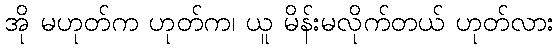
အို မဟုတ်က ဟုတ်က၊ ယူ မိန်းမလိုက်တယ် ဟုတ်လား